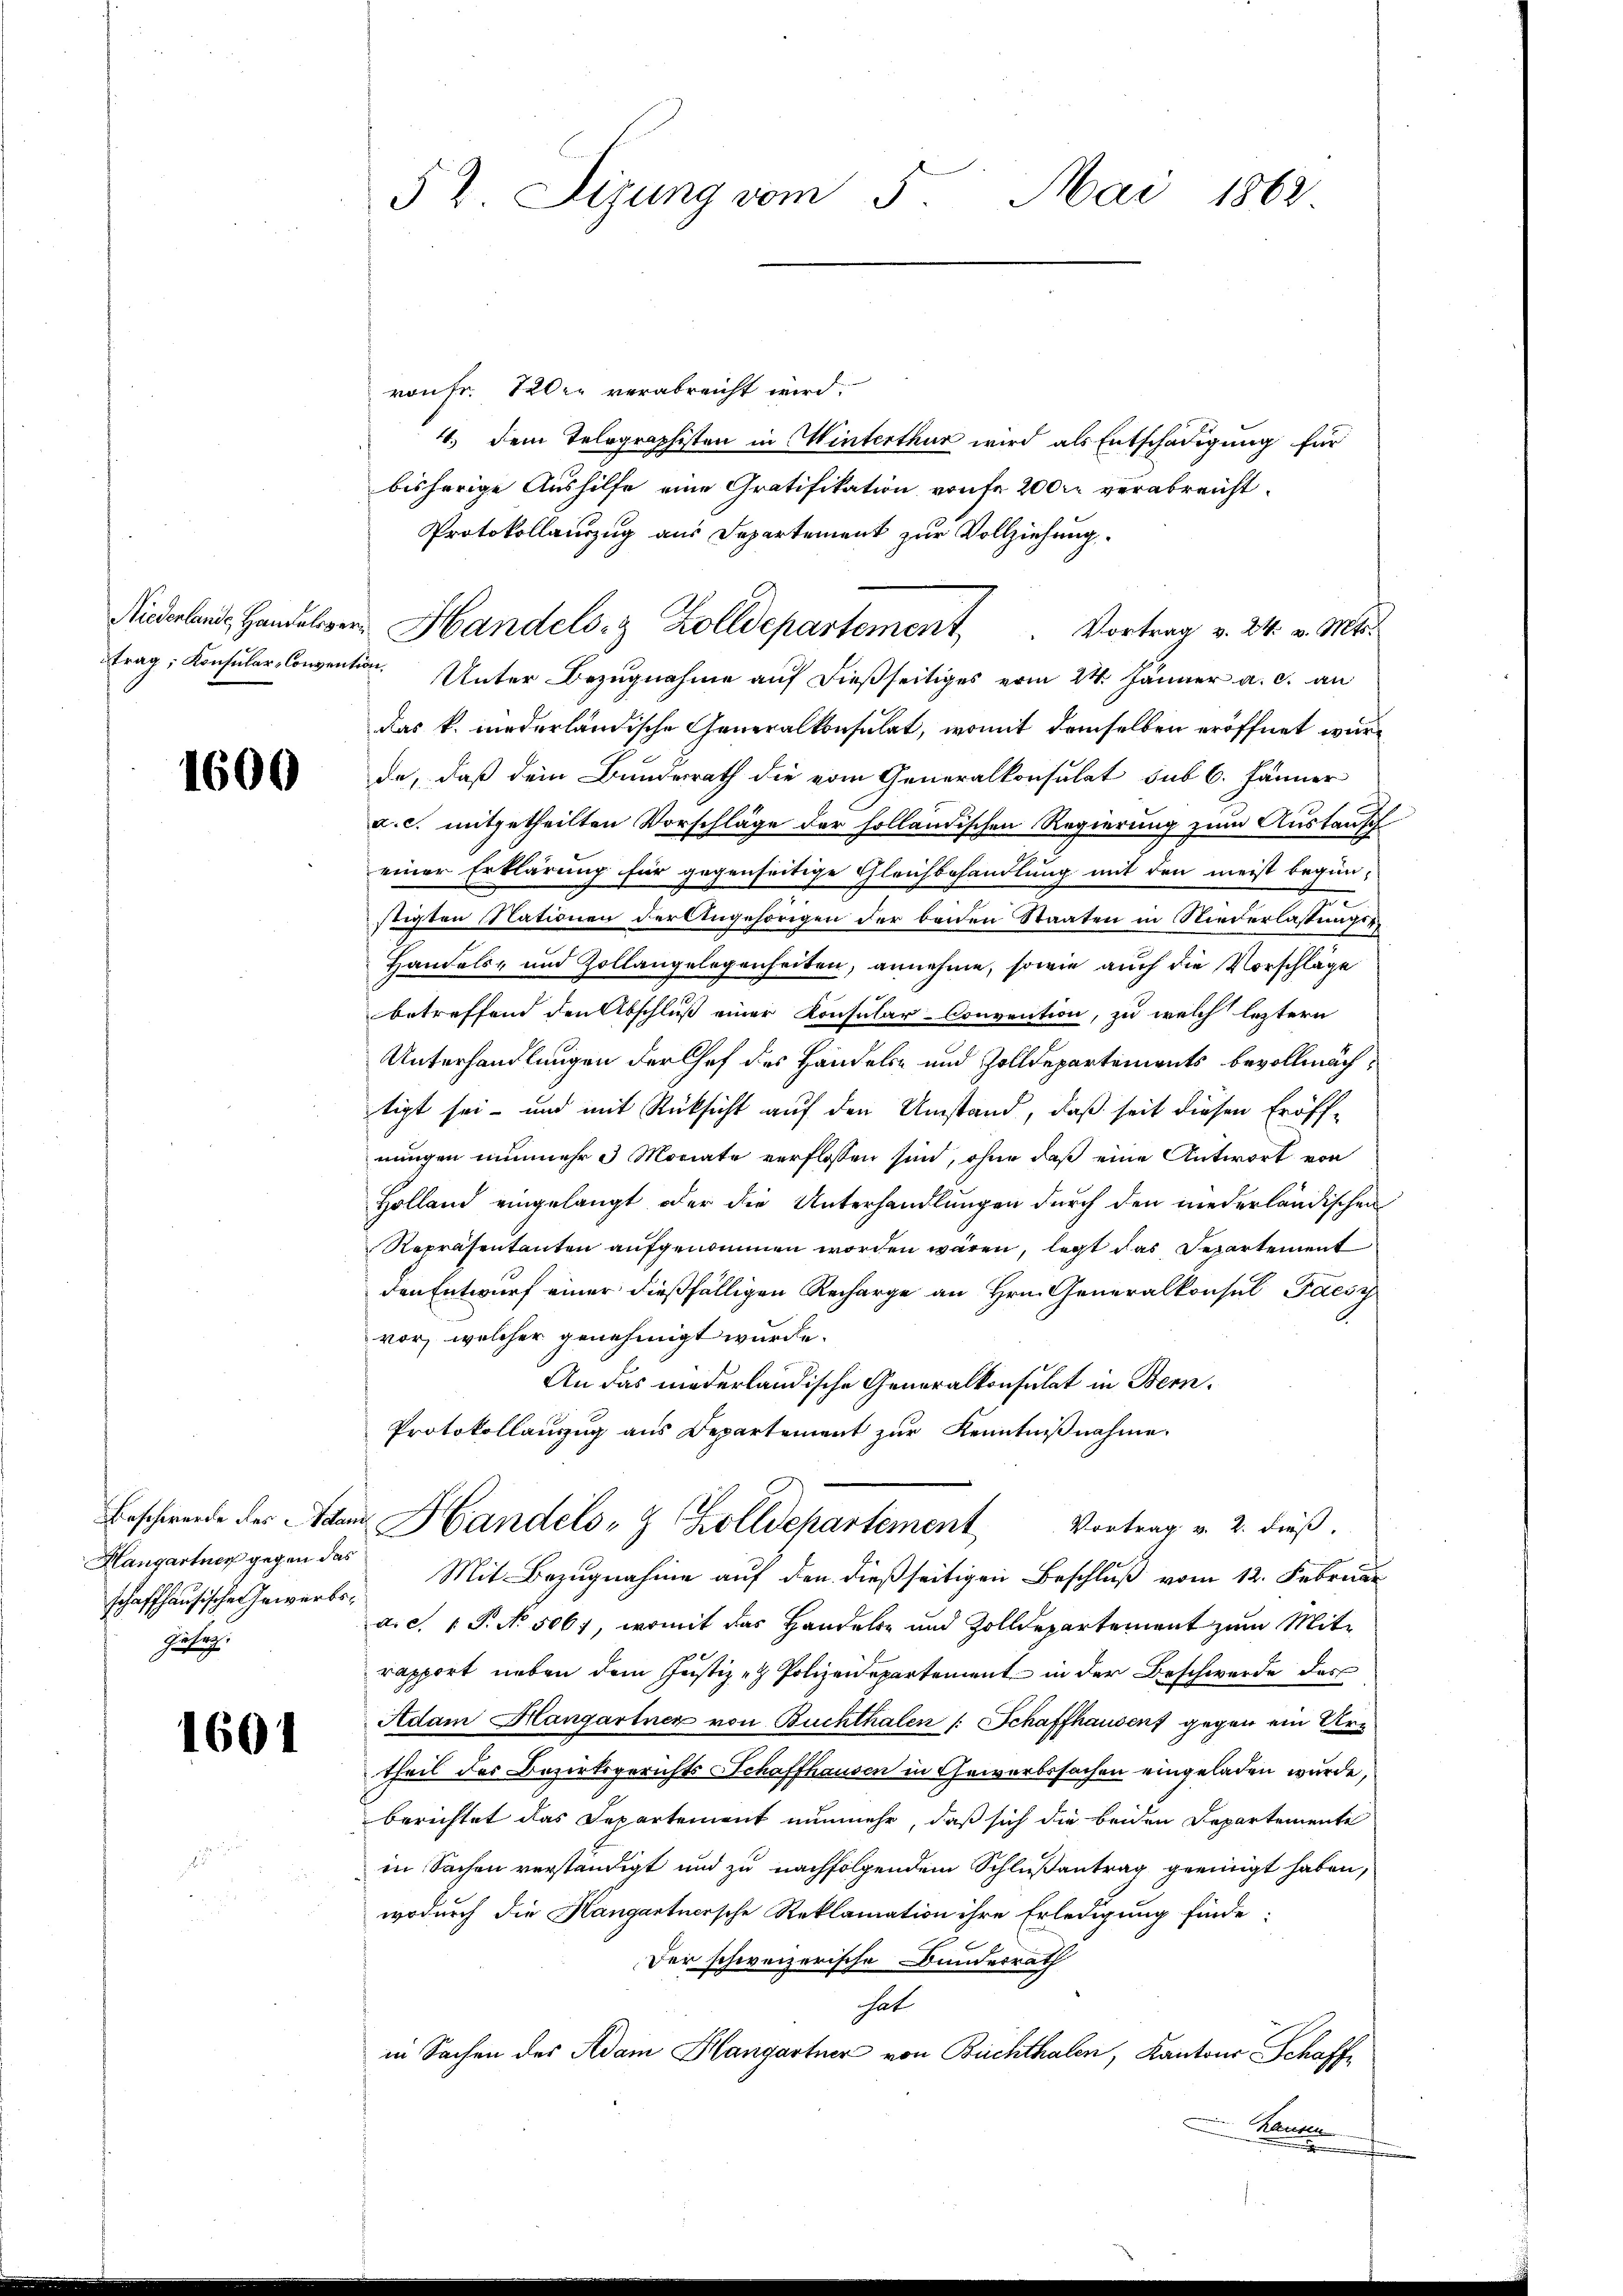
1600

Hangartner gegen das
Gietig.

1601

52. Sizung vom 5. Mai 1862

ron Fr. 120xx verabreicht wird.
4.) Dem Telographisten in Winterthur wird als Entschädigung für
bisherige Aushilfe eine Gratifikation von fr 2000 verabreicht.
Protokollauszug aus Departement zur Vollziehung.
trag, Konsular-Conventin. Unter Bezugnahme auf dießseitiges vom 24. Jänner a. c. an
das k. niederländische Generalkonsulat, womit demselben eröffnet wurde, daß dein Bunderrath die vom Generalkonsulat sub 6. Jänner
a. c. mitgetheilten Vorschläge der holländischen Regierung zum Austausch
einer Erklärung für gegenseitige Gleichbehandlung mit den meist begün-
stigten Nationen der Angehörigen der beiden Staaten in Niederlassungen
Handels- und Zollangelegenheiten, annehme, sowie auch die Vorschläge
betreffend den Abschluß einer Konsular-Convention, zu welch leztern
Unterhandlungen der Chef des Handels- und Zolldepartements bevollmächtigt sei- und mit Rücksicht auf den Umstand, daß seit diesen Eröff-
nungen nunmehr 3 Monate verflossen sind, ohne daß eine Antwort von
Holland eingelangt oder die Unterhandlungen durch den niederländischen
Repräsentanten aufgenommen worden wären, legt das Departement
den Entwurf einer dießfälligen Recharge an Hrn. Generalkonsul Paesy
vor, welcher genehmigt wurde.
An das niederländische Generalkonsulat in Bern¬
Protokollauszug aus Departement zur Kenntnißnahme.
Beschwerde des Adam Handels- & Zolldepartement Vortrag v. 2. dieß.
schaffhausische Gewerbe. Mit Bezugnahme auf den dießseitigen Beschluß vom 12. Februar
a.d. 1 P. No. 506, womit das Handeln und Zolldepartement zum Mitrapport neben dem Justiz - Polizeidepartement in der Beschwerde des
Adam Hangartner von Buchthalen (: Schaffhausen gegen ein Kre
theil des Bezirksgerichts Schaffhausen in Gewerbssachen eingeladen wurde,
berichtet das Departement nunmehr, daß sich die beiden Departemente
in Sachen verständigt und zu nachfolgendem Schlußantrag geeinigt haben,
wodurch die Hangartnersche Reklamation ihre Erledigung finde:
Der schweizerische Bundesrath
hat
in Sachen des Adam Hangartner von Buchthalen, Kantons Schaff¬
Hausen
x

Niderland Handelver Handels- & Zolldepartement. Vortrag v. 24. v. Mts.